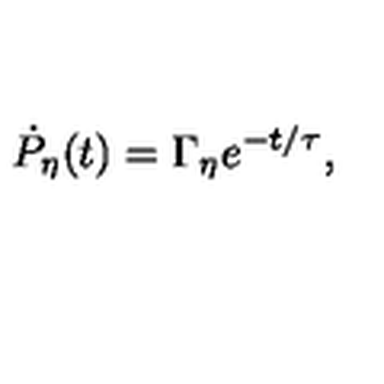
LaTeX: \dot { P } _ { \eta } ( t ) = \Gamma _ { \eta } e ^ { - t / \tau } ,